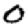
Digit: 0